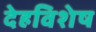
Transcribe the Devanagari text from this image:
देहविशेष